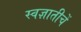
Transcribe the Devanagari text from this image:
स्वज्ञातीचें